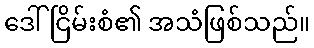
ဒေါ်ငြိမ်းစံ၏ အသံဖြစ်သည်။